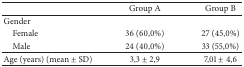
<table><thead><tr><td><b> </b></td><td><b>Group A</b></td><td><b>Group B</b></td></tr></thead><tbody><tr><td>Gender</td><td> </td><td> </td></tr><tr><td> Female</td><td>36 (60,0%)</td><td>27 (45,0%)</td></tr><tr><td> Male</td><td>24 (40,0%)</td><td>33 (55,0%)</td></tr><tr><td>Age (years) (mean ± SD)</td><td>3,3 ± 2,9</td><td>7,01 ± 4,6</td></tr></tbody></table>